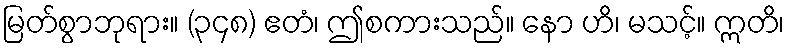
မြတ်စွာဘုရား။ (၃၄၈) ဧတံ၊ ဤစကားသည်။ နော ဟိ၊ မသင့်။ ဣတိ၊